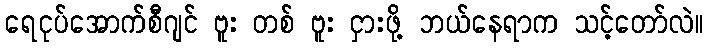
ရေငုပ်အောက်စီဂျင် ဗူး တစ် ဗူး ငှားဖို့ ဘယ်နေရာက သင့်တော်လဲ။